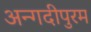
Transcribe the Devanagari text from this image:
अन्गदीपुरम